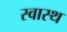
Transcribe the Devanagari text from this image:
स्‍वास्थ